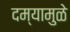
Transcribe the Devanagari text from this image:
दम्यामुळे